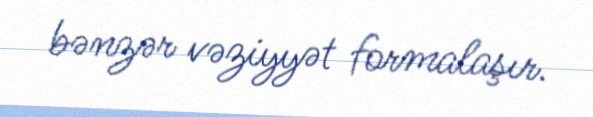
bənzər vəziyyət formalaşır.